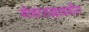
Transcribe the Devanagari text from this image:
गोवत्सद्वादशीस